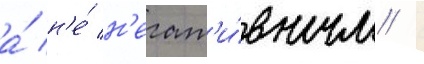
а́ н'е́ н'егат'и́вным /